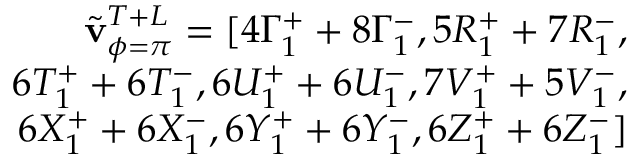
\begin{array} { r } { \Tilde { \mathbf { v } } _ { \phi = \pi } ^ { T + L } = [ 4 \Gamma _ { 1 } ^ { + } + 8 \Gamma _ { 1 } ^ { - } , 5 R _ { 1 } ^ { + } + 7 R _ { 1 } ^ { - } , } \\ { 6 T _ { 1 } ^ { + } + 6 T _ { 1 } ^ { - } , 6 U _ { 1 } ^ { + } + 6 U _ { 1 } ^ { - } , 7 V _ { 1 } ^ { + } + 5 V _ { 1 } ^ { - } , } \\ { 6 X _ { 1 } ^ { + } + 6 X _ { 1 } ^ { - } , 6 Y _ { 1 } ^ { + } + 6 Y _ { 1 } ^ { - } , 6 Z _ { 1 } ^ { + } + 6 Z _ { 1 } ^ { - } ] } \end{array}